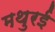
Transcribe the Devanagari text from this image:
मथुरई